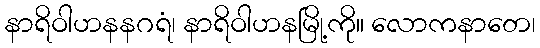
နာရိဝါဟနနဂရံ၊ နာရိဝါဟနမြို့ကို။ လောကနာတေ၊